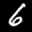
Label: 6